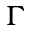
\Gamma